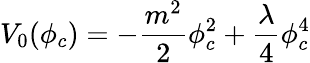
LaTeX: V_{0}(\phi_{c})=-\frac{m^{2}}{2}\phi_{c}^{2}+\frac{\lambda}{4}\phi_{c}^{4}